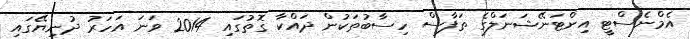
އެމްނެސްޓީ އިންޓަނޭޝަނަލްގެ ތަފާސް ހިސާބުތަކުން ދައްކާ ގޮތުގައި 2014 ވަނަ އަހަރު ދުނިޔޭގައި